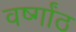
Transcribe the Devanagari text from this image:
वर्ष्गांठ